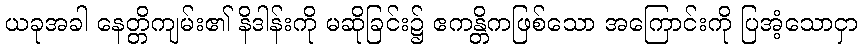
ယခုအခါ နေတ္တိကျမ်း၏ နိဒါန်းကို မဆိုခြင်း၌ ဧကန္တိကဖြစ်သော အကြောင်းကို ပြအံ့သောငှာ